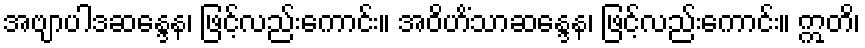
အဗျာပါဒဆန္ဒေန၊ ဖြင့်လည်းကောင်း။ အဝိဟိံသာဆန္ဒေန၊ ဖြင့်လည်းကောင်း။ ဣတိ၊